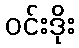
ဝင်းဒိုး